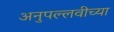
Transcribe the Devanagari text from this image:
अनुपल्लवीच्या